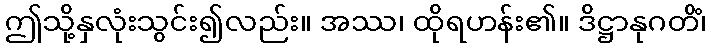
ဤသို့နှလုံးသွင်း၍လည်း။ အဿ၊ ထိုရဟန်း၏။ ဒိဋ္ဌာနုဂတိံ၊